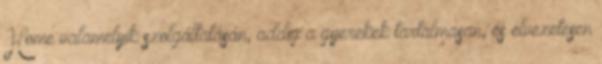
Home valamelyik szolgáltatásán, addig a gyerekek tartalmasan, és élvezetesen